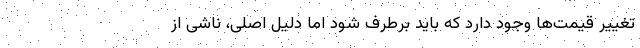
تغییر قیمت‌ها وجود دارد که باید برطرف شود اما دلیل اصلی، ناشی از